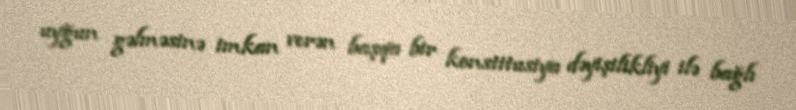
uyğun gəlməsinə imkan verən başqa bir konstitusiya dəyişilikliyi ilə bağlı